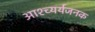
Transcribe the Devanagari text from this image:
आश्च्यर्यजनक